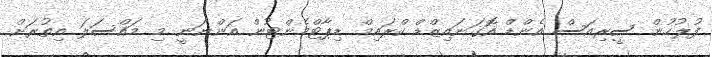
ފުލުހުން ސީރިއަސް އެންޑް އޮގަނައިޒްޑް ކްރައިމް ޑިޕާޓްމެންޓުން އަންނަނީ މި މައްސަލަ އިތުރަށް